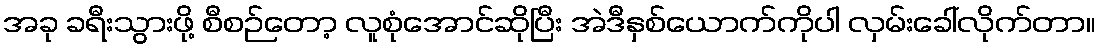
အခု ခရီးသွားဖို့ စီစဉ်တော့ လူစုံအောင်ဆိုပြီး အဲဒီနှစ်ယောက်ကိုပါ လှမ်းခေါ်လိုက်တာ။